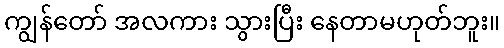
ကျွန်တော် အလကား သွားပြီး နေတာမဟုတ်ဘူး။